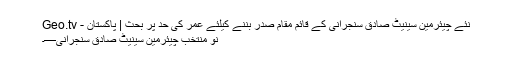
نئے چیئرمین سینیٹ صادق سنجرانی کے قائم مقام صدر بننے کیلئے عمر کی حد پر بحث | پاکستان - Geo.tv
نو منتخب چیئرمین سینیٹ صادق سنجرانی—۔